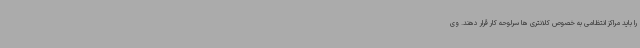
را باید مراکز انتظامی به خصوص کلانتری ها سرلوحه کار قرار دهند. وی